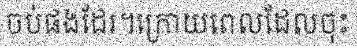
ចប់ផងដែរ។ក្រោយពេលដែលចុះ